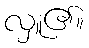
လှူ၏။